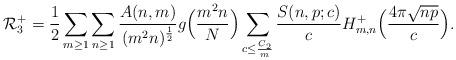
LaTeX: \begin{align*}\mathcal{R}^+_3 = \frac{1}{2} \sum_{m \geq 1} \sum_{n \geq 1} \frac{A(n, m)}{(m^2 n)^{\frac{1}{2}}} g\Bigl( \frac{m^2 n}{N} \Bigr) \sum_{c \leq \frac{C_2}{m}} \frac{S(n, p; c)}{c} H_{m, n}^+ \Bigl( \frac{4 \pi \sqrt{n p}}{c} \Bigr).\end{align*}